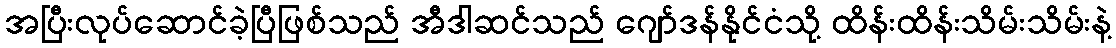
အပြီးလုပ်ဆောင်ခဲ့ပြီဖြစ်သည် အီဒါဆင်သည် ဂျော်ဒန်နိုင်ငံသို့ ထိန်းထိန်းသိမ်းသိမ်းနဲ့